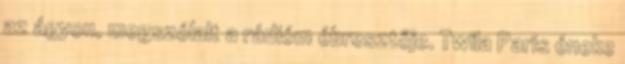
az ágyon, megszólalt a rádióm ébresztője. Twila Paris éneke